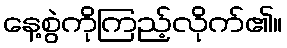
နေ့စွဲကိုကြည့်လိုက်၏။